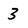
Character: 3